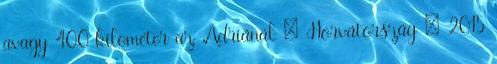
avagy 400 kilométer az Adriánál – Horvátország – 2015